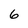
Character: 6